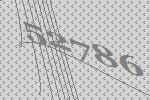
52786